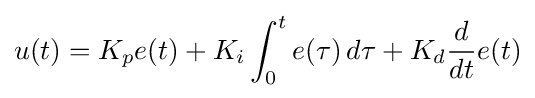
u(t)=K_{p}e(t)+K_{i}\int _{0}^{t}e(\tau )\,d\tau +K_{d}{\frac {d}{dt}}e(t)